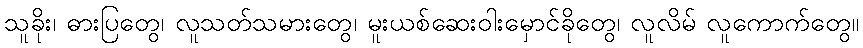
သူခိုး၊ ဓားပြတွေ၊ လူသတ်သမားတွေ၊ မူးယစ်ဆေးဝါးမှောင်ခိုတွေ၊ လူလိမ် လူကောက်တွေ။